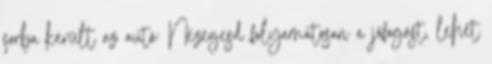
sorba került az autó: Nézegesd folyamatosan a jófogást, lehet